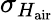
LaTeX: \sigma_{H_{\mathrm{air}}}